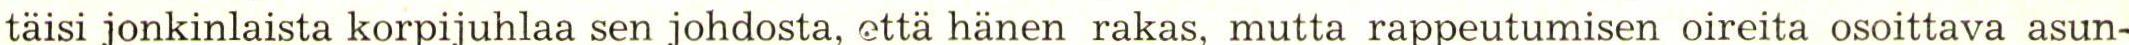
taisi jonkinlaista korpijuhlaa sen johdosta, että hänen rakas, mutta rappeutumisen oireita osoittava asun-